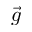
\vec { g }